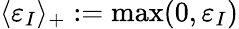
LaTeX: \langle\varepsilon_{I}\rangle_{+}:=\operatorname*{max}(0,\varepsilon_{I})